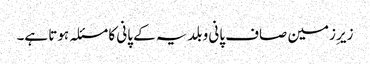
زیرِ زمین صاف پانی و بلدیہ کے پانی کا مسئلہ ہوتا ہے۔